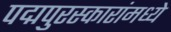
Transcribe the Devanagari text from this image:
पद्मपुरस्कारांमध्ये